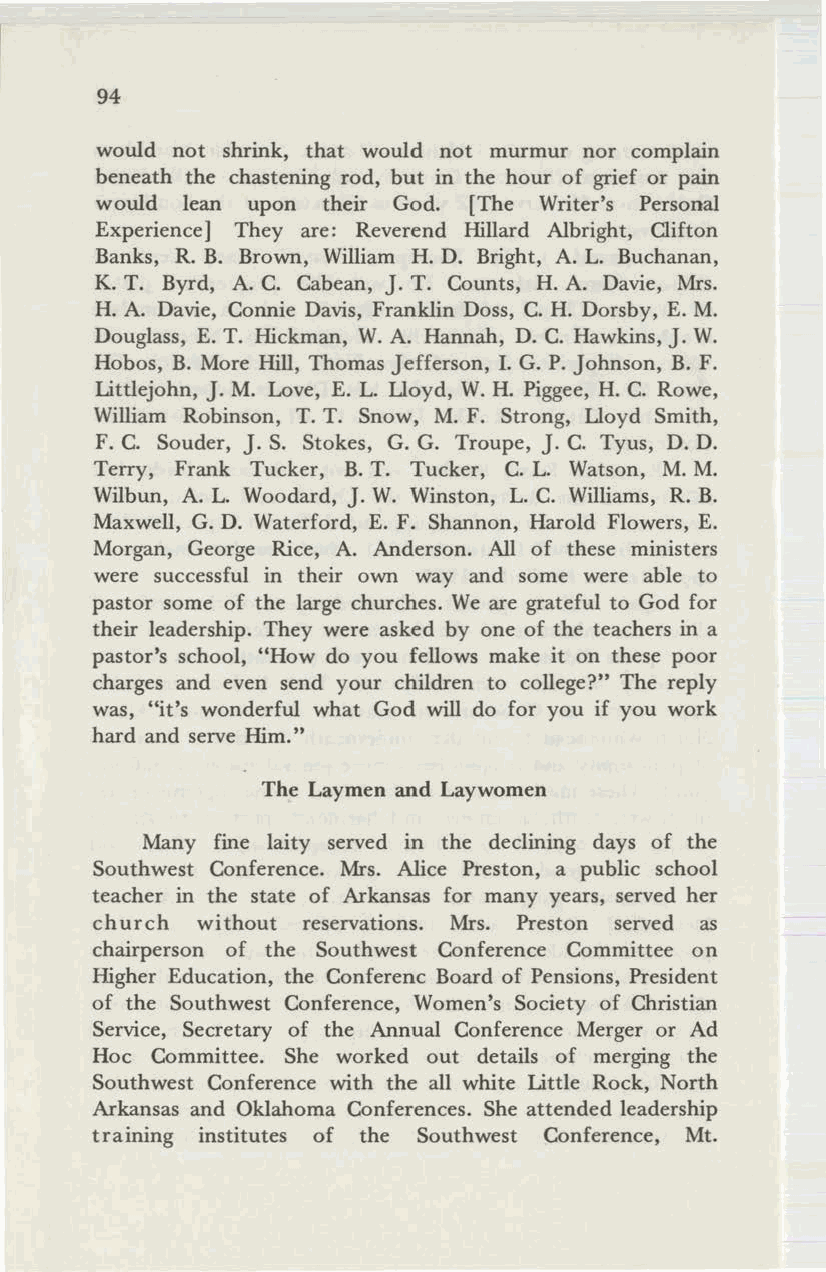
94
 would not shrink, that would not murmur nor complain
 beneath the chastening rod, but in the hour of grief or pain
 would lean upon their God. [The Writer's Personal
 Experience] They are: Reverend Hillard Albright, Clifton
 Banks, R. B. Brown, William H. D. Bright, A. L. Buchanan,
 K. T. Byrd, A. C. Cabean, J. T. Counts, H. A. Davie, Mrs.
 H. A. Davie, Connie Davis, Franklin Doss, C. H. Dorsby, E. M.
 Douglass, E. T. Hickman, W.A. Hannah, D. C. Hawkins, J. W.
 Hobos, B. More Hill, Thomas Jefferson,!. G. P. Johnson, B. F.
 Littlejohn, J. M. Love, E. L. Lloyd, W.H. Piggee, H. C. Rowe,
 William Robinson, T. T. Snow, M. F. Strong, Lloyd Smith,
 F. C. Souder, J. S. Stokes, G. G. Troupe, J. C. Tyus, D. D.
 Terry, Frank Tucker, B. T. Tucker, C. L. Watson, M. M.
 Wilbun, A. L. Woodard, J. W. Winston, L. C. Williams, R. B.
 Maxwell, G. D. Waterford, E. F. Shannon, Harold Flowers, E.
 Morgan, George Rice, A. Anderson. All of these ministers
 were successful in their own way and some were able to
 pastor some of the large churches. We are grateful to God for
 their leadership. They were asked by one of the teachers in a
 pastor's school, "How do you fellows make it on these poor
 charges and even send your children to college?" The reply
 was, "it's wonderful what God will do for you if you work
 hard and serve Him."
 The Laymen and Laywomen
 Many fine laity served in the declining days of the
 Southwest Conference. Mrs. Alice Preston, a public school
 teacher in the state of Arkansas for many years, served her
 church without reservations. Mrs. Preston served as
 chairperson of the Southwest Conference Committee on
 Higher Education, the Conferenc Board of Pensions, President
 of the Southwest Conference, Women's Society of Christian
 Service, Secretary of the Annual Conference Merger or Ad
 Hoc Committee. She worked out details of merging the
 Southwest Conference with the all white Little Rock, North
 Arkansas and Oklahoma Conferences. She attended leadership
 training institutes of the Southwest Conference, Mt.